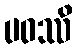
ပဝဿိ